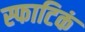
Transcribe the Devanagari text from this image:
स्फाटिकं